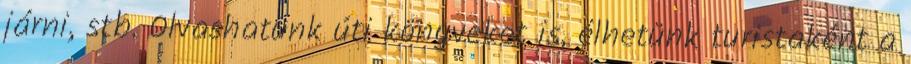
járni, stb. Olvashatunk úti könyveket is, élhetünk turistaként a